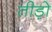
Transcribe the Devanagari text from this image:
तीड़ो